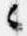
々